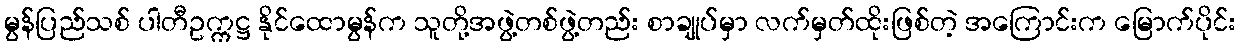
မွန်ပြည်သစ် ပါတီဥက္ကဋ္ဌ နိုင်ထောမွန်က သူတို့အဖွဲ့တစ်ဖွဲ့တည်း စာချုပ်မှာ လက်မှတ်ထိုးဖြစ်တဲ့ အကြောင်းက မြောက်ပိုင်း